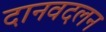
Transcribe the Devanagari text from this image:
दानवदलन